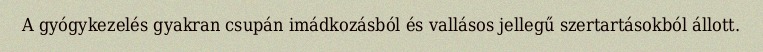
A gyógykezelés gyakran csupán imádkozásból és vallásos jellegű szertartásokból állott.